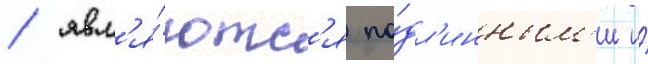
/ явл'я́ютс'я по́дл'инным'и и́